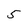
Character: 5